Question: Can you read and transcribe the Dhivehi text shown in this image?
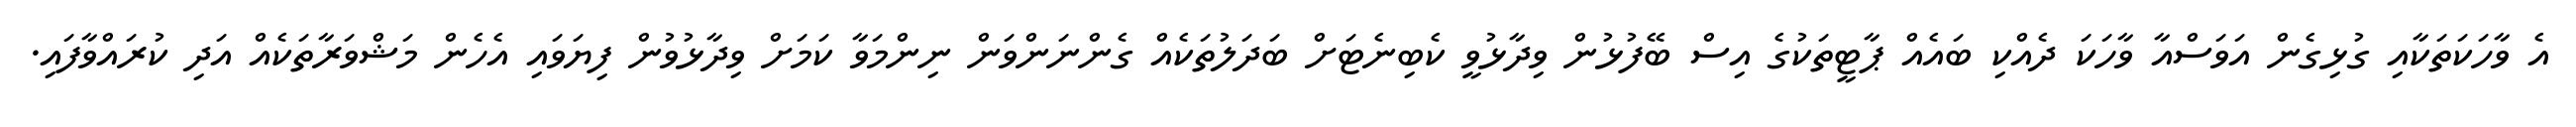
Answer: އެ ވާހަކަތަކާއި ގުޅިގެން އަވަސްއާ ވާހަކަ ދެއްކި ބައެއް ޕާޓީތަކުގެ އިސް ބޭފުޅުން ވިދާޅުވީ ކެބިނެޓަށް ބަދަލުތަކެއް ގެންނަންވަން ނިންމަވާ ކަމަށް ވިދާޅުވުން ފިޔަވައި އެހެން މަޝްވަރާތަކެއް އަދި ކުރައްވާފައި.